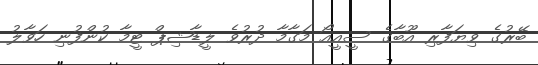
ބޭރުގެ ވިޔަފާރި އޫބާގެ ސީއީއޯ މަގާމާ ދުރުވެ ލީޑާޝިޕް ޓީމާ ކުންފުނި ހަވާލު